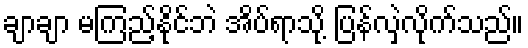
ချာချာ မကြည့်နိုင်ဘဲ အိပ်ရာသို့ ပြန်လှဲလိုက်သည်။